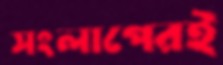
সংলাপেরই